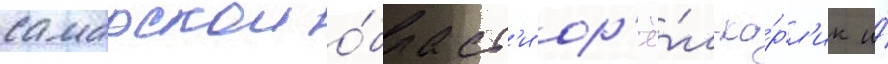
самарскои о́бласт'и ор'ё́л-ка́рл'ик и́